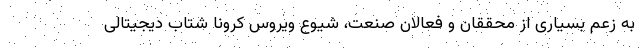
به زعم بسیاری از محققان و فعالان صنعت، شیوع ویروس کرونا شتاب دیجیتالی